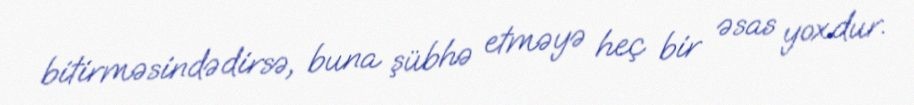
bitirməsindədirsə, buna şübhə etməyə heç bir əsas yoxdur.